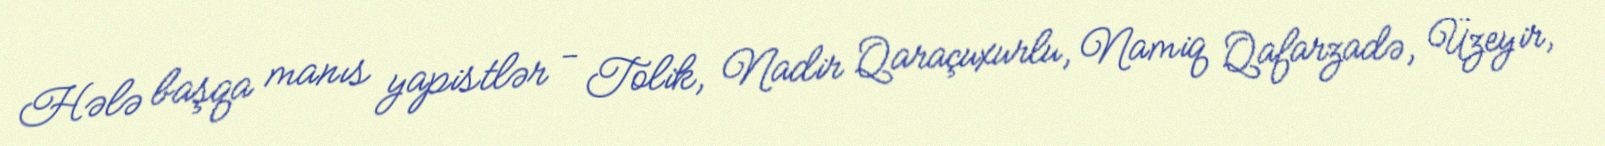
Hələ başqa manıs yapistlər - Tolik, Nadir Qaraçuxurlu, Namiq Qafarzadə, Üzeyir,